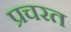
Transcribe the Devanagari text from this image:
प्रचरत